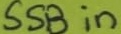
Text: SSB in